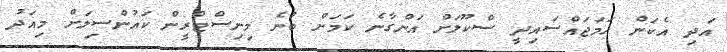
އަދި އެކަން ހަމަޖައްސައިދީ ސްކޫލަށް އަންގާނެ ކަމަށް ބުނެ މިނިސްޓްރީން ކައުންސިލަށް މިއަދު